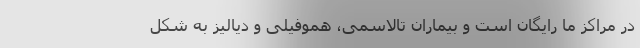
در مراکز ما رایگان است و بیماران تالاسمی، هموفیلی و دیالیز به شکل